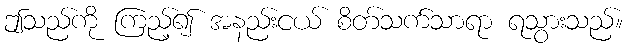
ဤသည်ကို ကြည့်၍ အနည်းငယ် စိတ်သက်သာရာ ရသွားသည်။